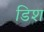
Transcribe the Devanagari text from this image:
डिश